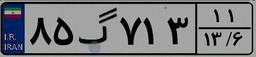
۸۵گ۷۱۳۱۱